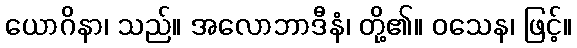
ယောဂိနာ၊ သည်။ အလောဘာဒီနံ၊ တို့၏။ ဝသေန၊ ဖြင့်။